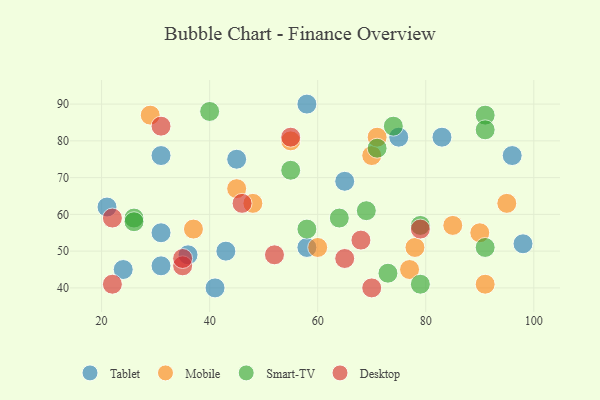
{"axis": {"x": "GDP", "y": "Life Expectancy"}, "legend": ["Desktop", "Mobile", "Smart-TV", "Tablet"], "data": [{"x": "45", "y": 75, "type": "Tablet"}, {"x": "24", "y": 45, "type": "Tablet"}, {"x": "96", "y": 76, "type": "Tablet"}, {"x": "31", "y": 55, "type": "Tablet"}, {"x": "36", "y": 49, "type": "Tablet"}, {"x": "58", "y": 51, "type": "Tablet"}, {"x": "65", "y": 69, "type": "Tablet"}, {"x": "21", "y": 62, "type": "Tablet"}, {"x": "58", "y": 90, "type": "Tablet"}, {"x": "43", "y": 50, "type": "Tablet"}, {"x": "31", "y": 76, "type": "Tablet"}, {"x": "41", "y": 40, "type": "Tablet"}, {"x": "75", "y": 81, "type": "Tablet"}, {"x": "83", "y": 81, "type": "Tablet"}, {"x": "31", "y": 46, "type": "Tablet"}, {"x": "98", "y": 52, "type": "Tablet"}, {"x": "55", "y": 80, "type": "Mobile"}, {"x": "91", "y": 41, "type": "Mobile"}, {"x": "45", "y": 67, "type": "Mobile"}, {"x": "77", "y": 45, "type": "Mobile"}, {"x": "60", "y": 51, "type": "Mobile"}, {"x": "70", "y": 76, "type": "Mobile"}, {"x": "90", "y": 55, "type": "Mobile"}, {"x": "48", "y": 63, "type": "Mobile"}, {"x": "78", "y": 51, "type": "Mobile"}, {"x": "71", "y": 81, "type": "Mobile"}, {"x": "29", "y": 87, "type": "Mobile"}, {"x": "85", "y": 57, "type": "Mobile"}, {"x": "37", "y": 56, "type": "Mobile"}, {"x": "95", "y": 63, "type": "Mobile"}, {"x": "73", "y": 44, "type": "Smart-TV"}, {"x": "69", "y": 61, "type": "Smart-TV"}, {"x": "91", "y": 87, "type": "Smart-TV"}, {"x": "91", "y": 51, "type": "Smart-TV"}, {"x": "91", "y": 83, "type": "Smart-TV"}, {"x": "74", "y": 84, "type": "Smart-TV"}, {"x": "26", "y": 59, "type": "Smart-TV"}, {"x": "40", "y": 88, "type": "Smart-TV"}, {"x": "79", "y": 57, "type": "Smart-TV"}, {"x": "26", "y": 58, "type": "Smart-TV"}, {"x": "58", "y": 56, "type": "Smart-TV"}, {"x": "55", "y": 72, "type": "Smart-TV"}, {"x": "64", "y": 59, "type": "Smart-TV"}, {"x": "79", "y": 41, "type": "Smart-TV"}, {"x": "71", "y": 78, "type": "Smart-TV"}, {"x": "79", "y": 56, "type": "Desktop"}, {"x": "22", "y": 59, "type": "Desktop"}, {"x": "22", "y": 41, "type": "Desktop"}, {"x": "46", "y": 63, "type": "Desktop"}, {"x": "70", "y": 40, "type": "Desktop"}, {"x": "68", "y": 53, "type": "Desktop"}, {"x": "55", "y": 81, "type": "Desktop"}, {"x": "35", "y": 46, "type": "Desktop"}, {"x": "31", "y": 84, "type": "Desktop"}, {"x": "65", "y": 48, "type": "Desktop"}, {"x": "35", "y": 48, "type": "Desktop"}, {"x": "52", "y": 49, "type": "Desktop"}]}